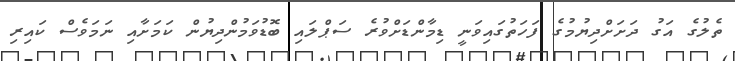
ތެލުގެ އަގު ދަށަށްދިޔުމުގެ ފަހަތުގައިވަނީ ޑިމާންޑަށްވުރެ ސަޕްލައި ބޮޑުވަމުންދިޔުން ކަމަށާއި ނަމަވެސް ކައިރި